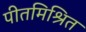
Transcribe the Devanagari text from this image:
पीतमिश्रित